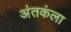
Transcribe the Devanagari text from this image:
अंतकंला